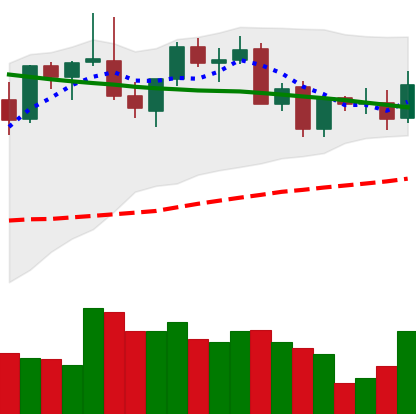
Ticker: LINK-USD
Chart end date: 2021-08-31
Forward return: 25.243%
Label: up_7plus